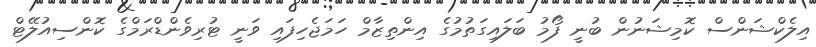
އިލެކްޝަންސް ކޮމިޝަނުން ބުނީ ފޯމު ބަލައިގަތުމުގެ އިންތިޒާމް ހަމަޖެހިފައި ވަނީ ޓުރިވެންޑްރަމްގެ ކޮންސިއުލޭޓް